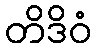
တိဒိဝံ